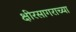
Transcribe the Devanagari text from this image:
क्षीरसागराच्या